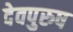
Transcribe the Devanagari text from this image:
देवपुरुष